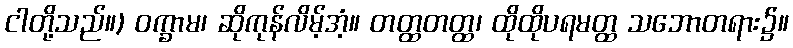
ငါတို့သည်။) ဝက္ခာမ၊ ဆိုကုန်လိမ့်အံ့။ တတ္ထတတ္ထ၊ ထိုထိုပရမတ္ထ သဘောတရား၌။